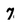
Character: 7